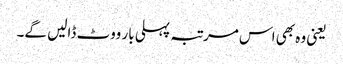
یعنی وہ بھی اس مرتبہ پہلی بار ووٹ ڈالیں گے۔